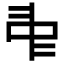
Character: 𠁩